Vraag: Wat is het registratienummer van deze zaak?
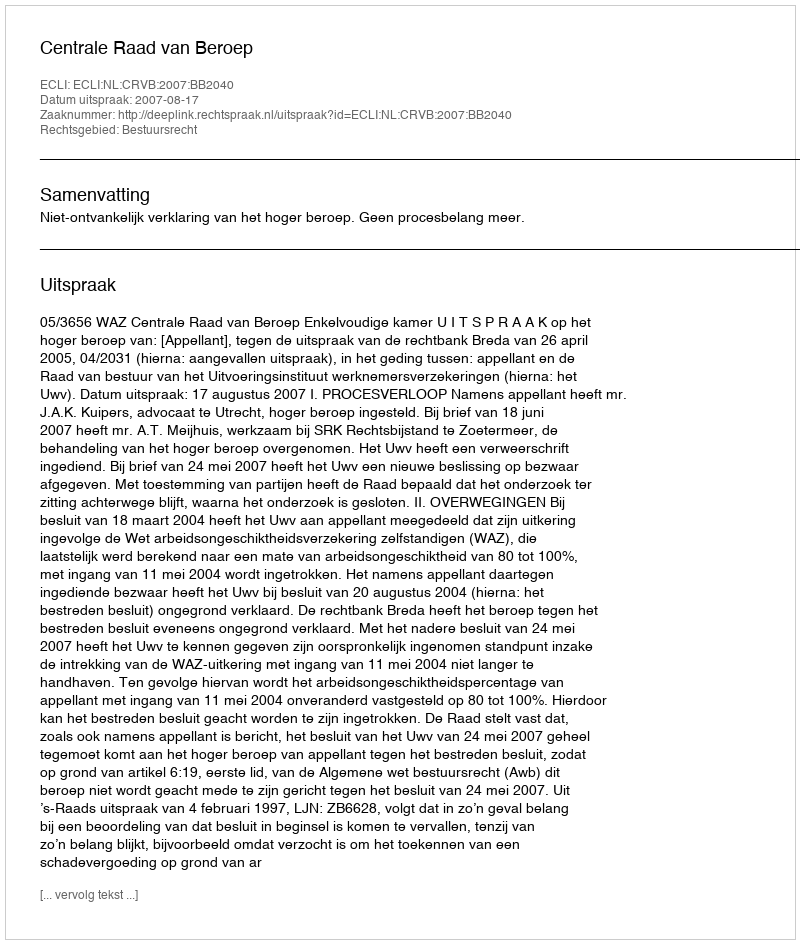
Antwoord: http://deeplink.rechtspraak.nl/uitspraak?id=ECLI:NL:CRVB:2007:BB2040